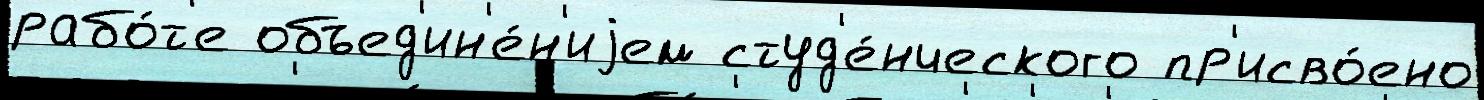
рабо́т'е объед'ин'е́н'иjем студ'е́нческого пр'исво́ено